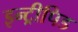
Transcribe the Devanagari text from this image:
इन्ट्रीपिड